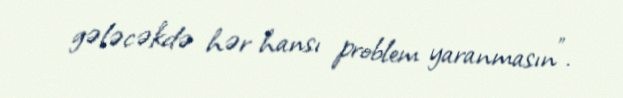
gələcəkdə hər hansı problem yaranmasın”.